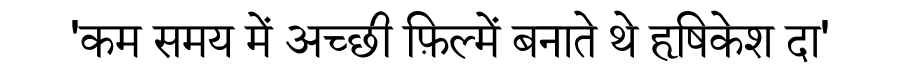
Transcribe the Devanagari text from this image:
'कम समय में अच्छी फ़िल्में बनाते थे हृषिकेश दा'